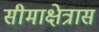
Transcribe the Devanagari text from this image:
सीमाक्षेत्रास